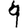
Digit: 9